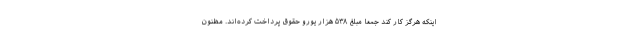
اینکه هرگز کار کند جمعا مبلغ ۵۳۸ هزار یورو حقوق پرداخت کرده‌اند. مظنون